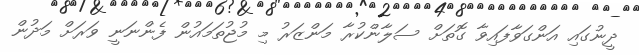
ދީނުގައި އަންގަވާފައިވާ ގޮތަށް ސަލާންކުރާ މަންޒަރު މި މުޖުތަމައުން ފެންނަނީ ވަރަށް މަދުން